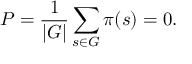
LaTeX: P = { \frac { 1 } { | G | } } \sum _ { s \in G } \pi ( s ) = 0 .